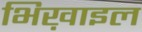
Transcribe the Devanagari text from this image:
भिख़ाइल